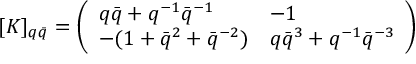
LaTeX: \lbrack K ] _ { q \bar { q } } = \left( \begin{array} { l l } { { q \bar { q } + q ^ { - 1 } \bar { q } ^ { - 1 } } } & { { - 1 } } \\ { { - ( 1 + \bar { q } ^ { 2 } + \bar { q } ^ { - 2 } ) } } & { { q \bar { q } ^ { 3 } + q ^ { - 1 } \bar { q } ^ { - 3 } } } \end{array} \right)